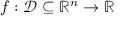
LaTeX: f : { \mathcal { D } } \subseteq \mathbb { R } ^ { n } \to \mathbb { R }